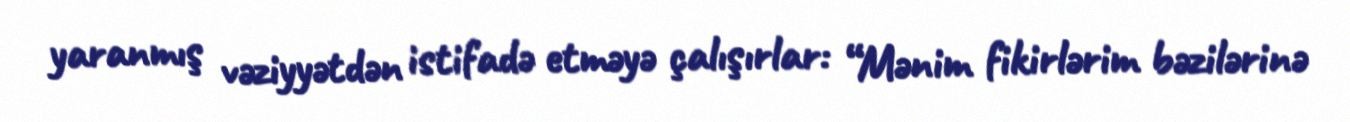
yaranmış vəziyyətdən istifadə etməyə çalışırlar: “Mənim fikirlərim bəzilərinə